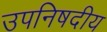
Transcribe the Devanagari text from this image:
उपनिषदीय